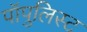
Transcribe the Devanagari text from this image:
पॉपुलिस्ट